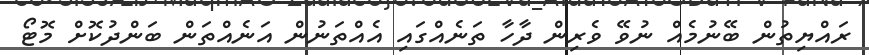
ރައްޔިތުން ބޭނުމެއް ނުވޭ ވެރިން ދާހާ ތަނެއްގައި އެއްތަނުން އަނެއްތަން ބަންދުކޮށް މޮޓޯ